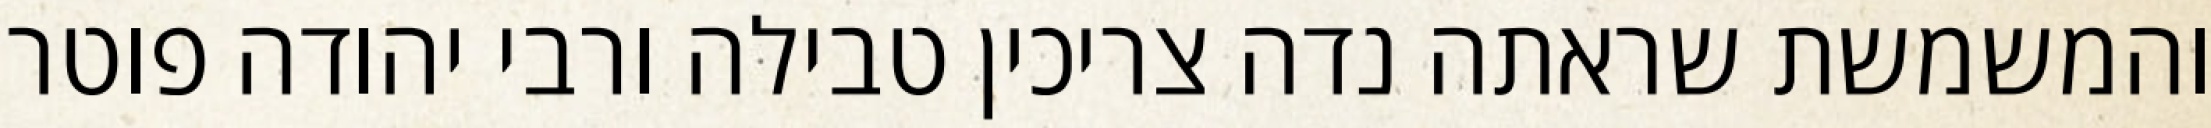
והמשמשת שראתה נדה צריכין טבילה ורבי יהודה פוטר